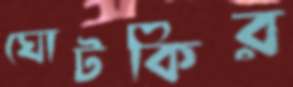
ঘোটকির